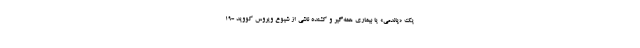
یک «پاندمی» یا بیماری همه‌گیر و کُشنده ناشی از شیوع ویروس کووید -19